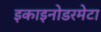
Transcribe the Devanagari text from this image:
इकाइनोडरमेटा